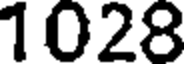
1028